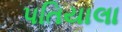
પતિયાલા